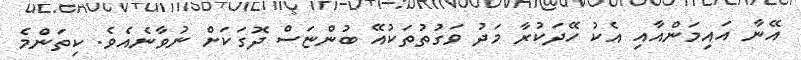
އޭނާ އައިމަންއާއި އެކު ހޭދަކުރާ މަދު ވަގުތުތަކުއޭ ބުންޏަސް ދޮގަކަށް ނުވާނެއެވެ. ކިތަންމެ